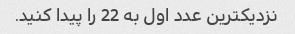
نزدیکترین عدد اول به 22 را پیدا کنید.